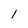
Character: l